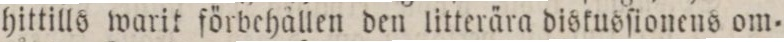
hittills warit förbehållen den litterära diskusſionens om=